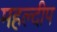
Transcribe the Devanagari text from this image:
महल्दीप